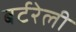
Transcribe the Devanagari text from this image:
बर्टरेली